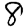
Digit: 8